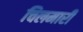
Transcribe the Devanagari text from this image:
चिलमारी